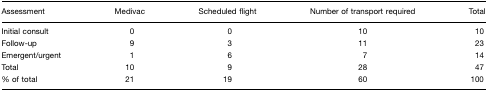
| Assessment | Medivac | Scheduled flight | Number of transport required | Total |
 | --- | --- | --- | --- | --- |
 | Initial consult | 0 | 0 | 10 | 10 |
 | Follow-up | 9 | 3 | 11 | 23 |
 | Emergent/urgent | 1 | 6 | 7 | 14 |
 | Total | 10 | 9 | 28 | 47 |
 | % of total | 21 | 19 | 60 | 100 |